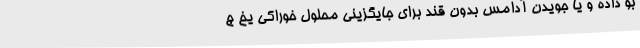
بو داده و یا جویدن آدامس بدون قند برای جایگزینی محلول خوراکی یخ ج